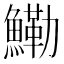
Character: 鰳